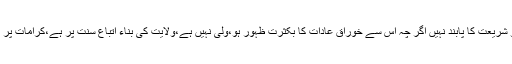
٭ جو شریعت کا پابند نہیں اگر چہ اس سے خوراق عادات کا بکثرت ظہور ہو،ولی نہیں ہے،ولایت کی بناء اتباع سنت پر ہے،کرامات پر نہیں۔